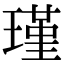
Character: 瑾